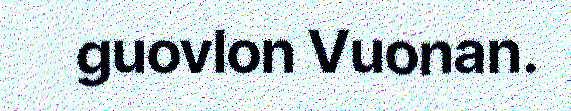
guovlon Vuonan.